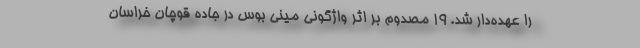
را عهده‌دار شد. 19 مصدوم بر اثر واژگونی مینی بوس در جاده قوچان خراسان